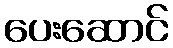
ပေးဆောင်